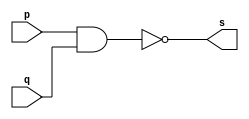
// -------------------------
// Exemplo0006 - NAND
// Nome: talo Guimares Otoni
// -------------------------
// -------------------------
// -- and gate
// -------------------------
module nandgate ( output s, 
                           input  p, 
                           input  q);
assign s = ~(p & q);

endmodule

module testnandgate;
   reg   a, b; // definir registradores
	wire  s;    // definir conexao (fio)

   nandgate NAND1 (s, a, b);

   initial begin:start

      a=0; b=0;
   end
   initial begin
	
         $display("Exemplo0006 - talo Guimares Otoni - 451581");
         $display("Test NAND gate");
         $display("\n(a & b)' = s\n");
           a=0; b=0;
			  
  #1 $display ("%b & %b = %b", a, b, s);
  a=0; b=1;
  #1  $display ("%b & %b = %b", a, b, s); 
  a=1; b=0;
  #1  $display ("%b & %b = %b", a, b, s);
  a=1; b=1;
  #1 $display ("%b & %b = %b", a, b, s);
  end
  
endmodule // testnandgate